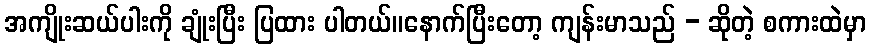
အကျိုးဆယ်ပါးကို ချုံးပြီး ပြထား ပါတယ်။နောက်ပြီးတော့ ကျန်းမာသည် - ဆိုတဲ့ စကားထဲမှာ